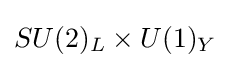
SU(2)_{L}\times U(1)_{Y}